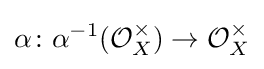
\alpha \colon \alpha ^{-1}({\mathcal {O}}_{X}^{\times })\to {\mathcal {O}}_{X}^{\times }